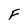
Character: F